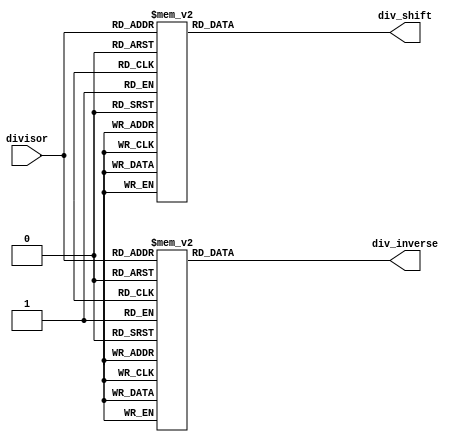
module inverse_table
#(parameter DIVISOR_WIDTH=5,WIDTH_INVERSE=17,WIDTH_SHIFT=4)
(
input [ DIVISOR_WIDTH-1:0] divisor,

output reg [WIDTH_INVERSE-1:0] div_inverse,
output reg [  WIDTH_SHIFT-1:0] div_shift
);

//inverses here all have 17 effective bits (the leftmost bit is 1)
always@* begin
	case(divisor)
	  5'd01 : div_inverse = 17'd65536 ;
	  5'd02 : div_inverse = 17'd65536 ;
	  5'd03 : div_inverse = 17'd87382 ;
	  5'd04 : div_inverse = 17'd65536 ;
	  5'd05 : div_inverse = 17'd104858;
	  5'd06 : div_inverse = 17'd87382 ;
	  5'd07 : div_inverse = 17'd74899 ;
	  5'd08 : div_inverse = 17'd65536 ;
	  5'd09 : div_inverse = 17'd116509;
	  5'd10 : div_inverse = 17'd104858;
	  5'd11 : div_inverse = 17'd95326 ;
	  5'd12 : div_inverse = 17'd87382 ;
	  5'd13 : div_inverse = 17'd80660 ;
	  5'd14 : div_inverse = 17'd74899 ;
	  5'd15 : div_inverse = 17'd69906 ;
	  5'd16 : div_inverse = 17'd65536 ;
	  5'd17 : div_inverse = 17'd123362;
	  5'd18 : div_inverse = 17'd116509;
	  5'd19 : div_inverse = 17'd110377;
	  5'd20 : div_inverse = 17'd104858;
	  5'd21 : div_inverse = 17'd99865 ; // modify this line for RTL correction (DONE)
	  5'd22 : div_inverse = 17'd95326 ;
	  5'd23 : div_inverse = 17'd91181 ;
	  5'd24 : div_inverse = 17'd87382 ;
	  5'd25 : div_inverse = 17'd83887 ;
	  5'd26 : div_inverse = 17'd80660 ;
	  5'd27 : div_inverse = 17'd77673 ; // modify this line for RTL correction (DONE)
	  5'd28 : div_inverse = 17'd74899 ;
	  5'd29 : div_inverse = 17'd72316 ;
	  5'd30 : div_inverse = 17'd69906 ;
	  5'd31 : div_inverse = 17'd67651 ; // corrected in mission 3 (67652->67651)
	default : div_inverse = 17'd65536 ;  
  endcase
end


always@* begin
	case(divisor)
	  5'd01 : div_shift = 5'd16;
	  5'd02 : div_shift = 5'd17;
	  5'd03 : div_shift = 5'd18;
	  5'd04 : div_shift = 5'd18;
	  5'd05 : div_shift = 5'd19;
	  5'd06 : div_shift = 5'd19;
	  5'd07 : div_shift = 5'd19;
	  5'd08 : div_shift = 5'd19;
	  5'd09 : div_shift = 5'd20;
	  5'd10 : div_shift = 5'd20;
	  5'd11 : div_shift = 5'd20;
	  5'd12 : div_shift = 5'd20;
	  5'd13 : div_shift = 5'd20;
	  5'd14 : div_shift = 5'd20;
	  5'd15 : div_shift = 5'd20;
	  5'd16 : div_shift = 5'd20;
	  5'd17 : div_shift = 5'd21;
	  5'd18 : div_shift = 5'd21;
	  5'd19 : div_shift = 5'd21;
	  5'd20 : div_shift = 5'd21;
	  5'd21 : div_shift = 5'd21;
	  5'd22 : div_shift = 5'd21;
	  5'd23 : div_shift = 5'd21;
	  5'd24 : div_shift = 5'd21;
	  5'd25 : div_shift = 5'd21;
	  5'd26 : div_shift = 5'd21;
	  5'd27 : div_shift = 5'd21;
	  5'd28 : div_shift = 5'd21;
	  5'd29 : div_shift = 5'd21;
	  5'd30 : div_shift = 5'd21;
	  5'd31 : div_shift = 5'd21;  
	default : div_shift = 5'd16;  
  endcase
end

endmodule